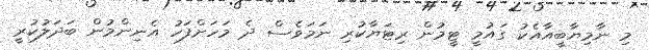
މި ނާމިޔާބީއާއެކު ގައުމީ ޓީމުން ރިޓަޔާކުރި ނަމަވެސް ދެ މަހަށްފަހު އެނިންމުން ބަދަލުކުރީ